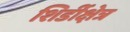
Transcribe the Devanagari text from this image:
शिर्डीक्षेत्र